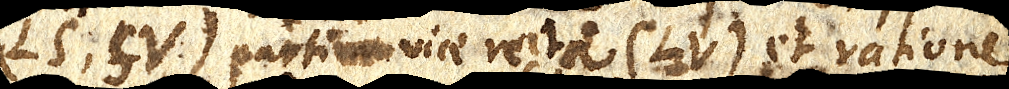
(LS, SV) partium viae rectae (LV) et ratione